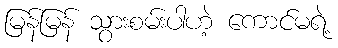
မြန်မြန် သွားစမ်းပါဟဲ့ ကောင်မရဲ့